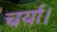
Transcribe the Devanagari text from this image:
चर्या।